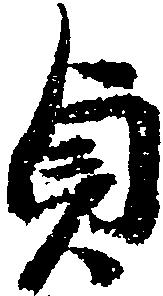
貞